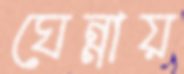
ঘেন্নায়